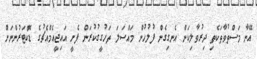
އޭނާ މަސްތުވާތަކެތި ދިރުވާލިކަން އެނގިގެން ފުލުހުން މައްސަލަ ތަހުގީގުކުރަން ފެށީ އައިޖީއެމްއެޗުގެ ޑޮކްޓަރުންނަށް